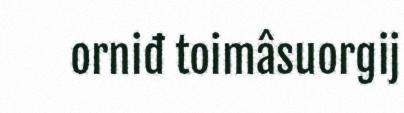
orniđ toimâsuorgij